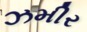
ઝમીર